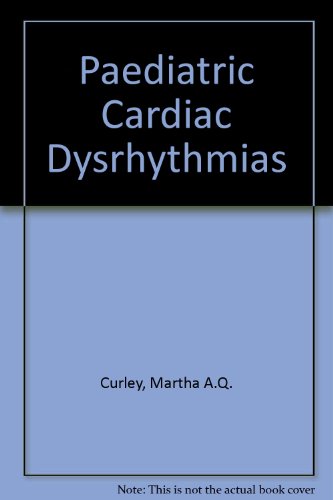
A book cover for Pediatric Cardiac Dysrhythmias; Martha A. Q. Curley; Medical Books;